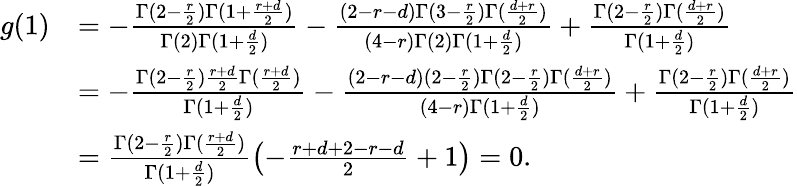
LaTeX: \begin{array}{rl}{g(1)}&{=-\frac{\Gamma(2-\frac{r}{2})\Gamma(1+\frac{r+d}{2})}{\Gamma(2)\Gamma(1+\frac{d}{2})}-\frac{(2-r-d)\Gamma(3-\frac{r}{2})\Gamma(\frac{d+r}{2})}{(4-r)\Gamma(2)\Gamma(1+\frac{d}{2})}+\frac{\Gamma(2-\frac{r}2)\Gamma(\frac{d+r}{2})}{\Gamma(1+\frac{d}{2})}}\\ &{=-\frac{\Gamma(2-\frac{r}{2})\frac{r+d}{2}\Gamma(\frac{r+d}{2})}{\Gamma(1+\frac{d}{2})}-\frac{(2-r-d)(2-\frac{r}{2})\Gamma(2-\frac{r}{2})\Gamma(\frac{d+r}{2})}{(4-r)\Gamma(1+\frac{d}{2})}+\frac{\Gamma(2-\frac{r}2)\Gamma(\frac{d+r}{2})}{\Gamma(1+\frac{d}{2})}}\\ &{=\frac{\Gamma(2-\frac{r}{2})\Gamma(\frac{r+d}{2})}{\Gamma(1+\frac{d}{2})}\bigl(-\frac{r+d+2-r-d}{2}+1\bigr)=0.}\end{array}